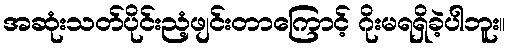
အဆုံးသတ်ပိုင်းညံ့ဖျင်းတာကြောင့် ဂိုးမရရှိခဲ့ပါဘူး။